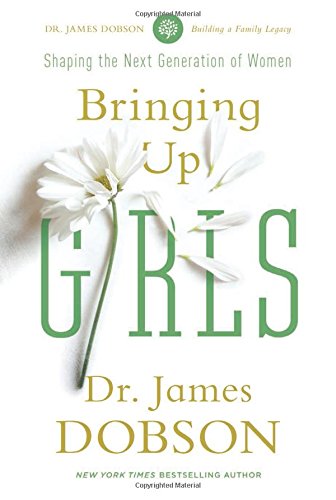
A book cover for Bringing Up Girls; James C. Dobson; Parenting & Relationships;